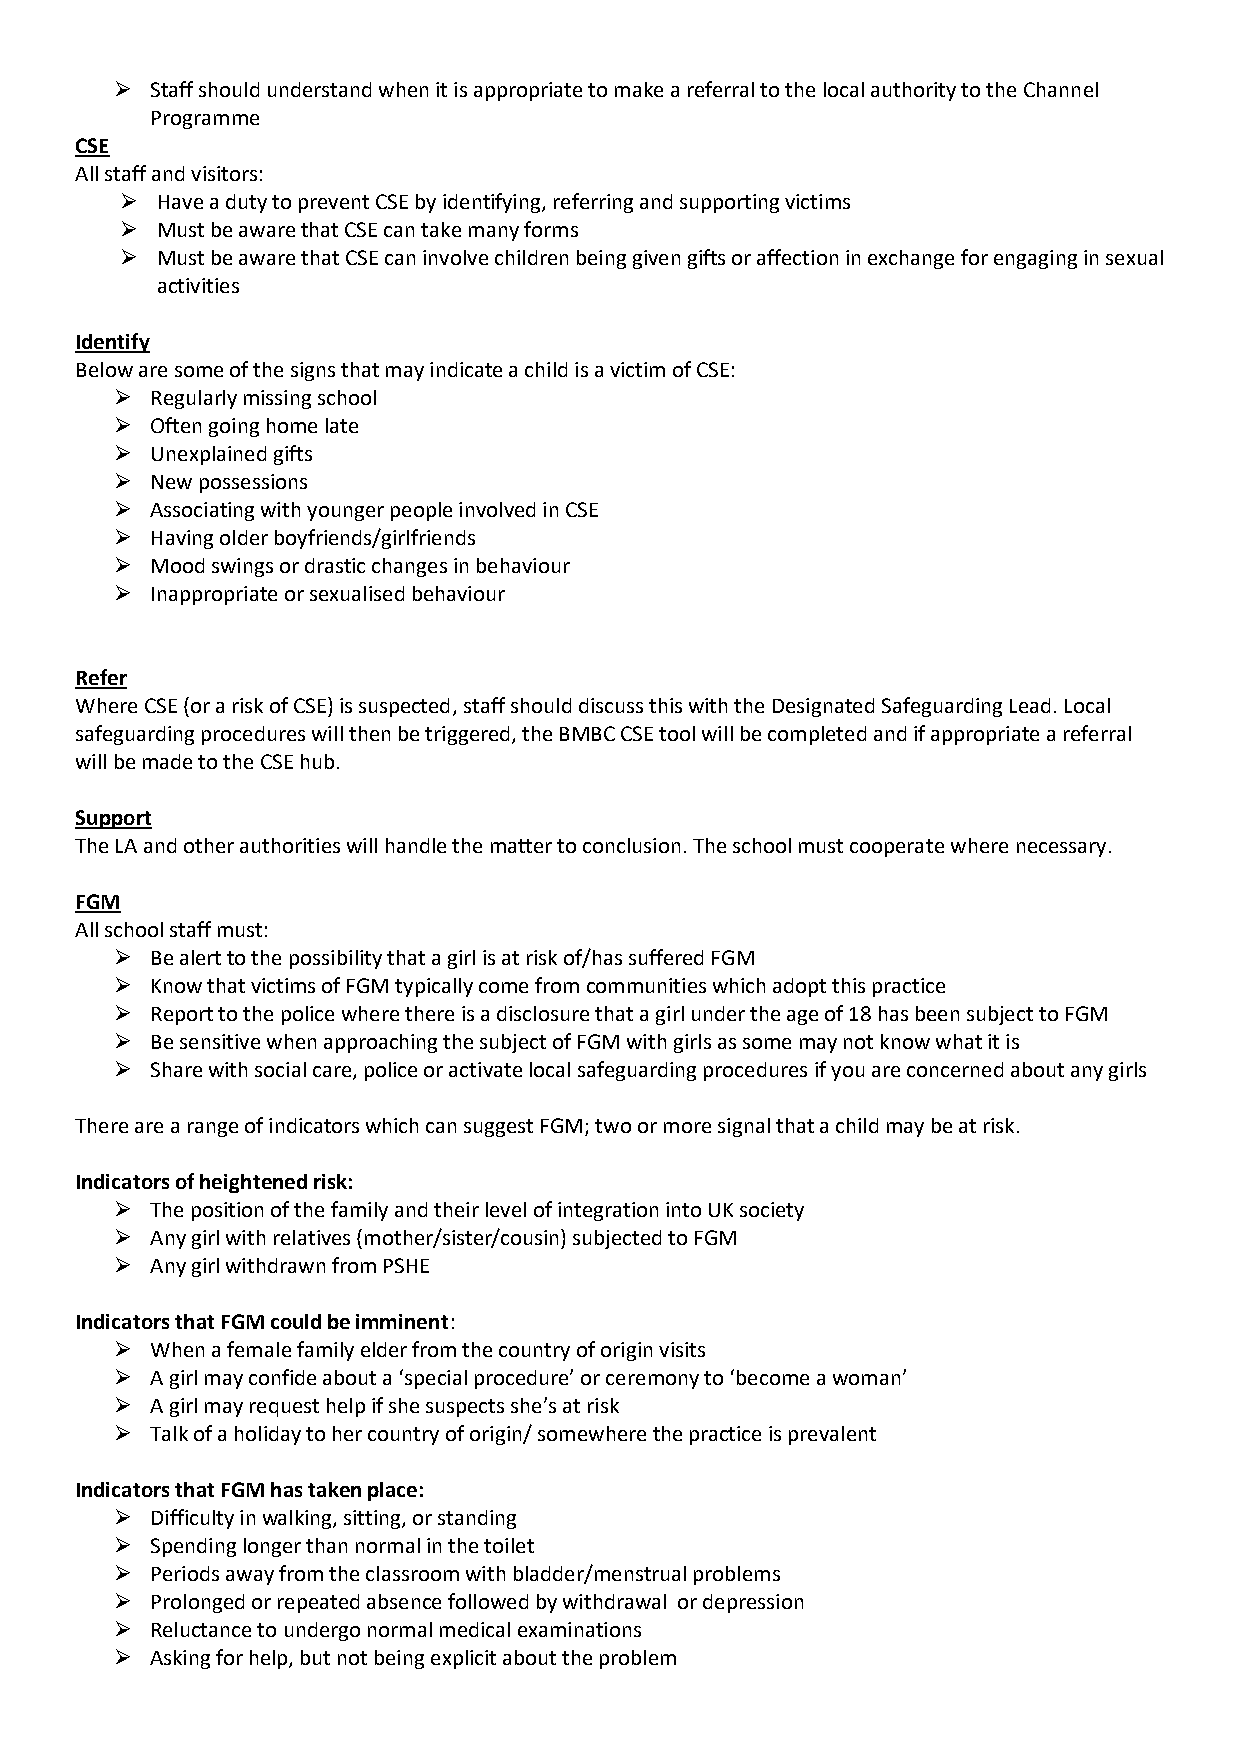
⮚  Staff should understand when it is appropriate to make a referral to the local authority to the Channel
 Programme
 CSE
 All staff and visitors:
 ⮚ Have a duty to prevent CSE by identifying, referring and supporting victims
 ⮚ Must be aware that CSE can take many forms
 ⮚ Must be aware that CSE can involve children being given gifts or affection in exchange for engaging in sexual
 activities
 Identify
 Below are some of the signs that may indicate a child is a victim of CSE:
 ⮚  Regularly missing school
 ⮚  Often going home late
 ⮚  Unexplained gifts
 ⮚  New possessions
 ⮚  Associating with younger people involved in CSE
 ⮚  Having older boyfriends/girlfriends
 ⮚  Mood swings or drastic changes in behaviour
 ⮚  Inappropriate or sexualised behaviour
 Refer
 Where CSE (or a risk of CSE) is suspected, staff should discuss this with the Designated Safeguarding Lead. Local
 safeguarding procedures will then be triggered, the BMBC CSE tool will be completed and if appropriate a referral
 will be made to the CSE hub.
 Support
 The LA and other authorities will handle the matter to conclusion. The school must cooperate where necessary.
 FGM
 All school staff must:
 ⮚  Be alert to the possibility that a girl is at risk of/has suffered FGM
 ⮚  Know that victims of FGM typically come from communities which adopt this practice
 ⮚  Report to the police where there is a disclosure that a girl under the age of 18 has been subject to FGM
 ⮚  Be sensitive when approaching the subject of FGM with girls as some may not know what it is
 ⮚  Share with social care, police or activate local safeguarding procedures if you are concerned about any girls
 There are a range of indicators which can suggest FGM; two or more signal that a child may be at risk.
 Indicators of heightened risk:
 ⮚  The position of the family and their level of integration into UK society
 ⮚  Any girl with relatives (mother/sister/cousin) subjected to FGM
 ⮚  Any girl withdrawn from PSHE
 Indicators that FGM could be imminent:
 ⮚  When a female family elder from the country of origin visits
 ⮚  A girl may confide about a ‘special procedure’ or ceremony to ‘become a woman’
 ⮚  A girl may request help if she suspects she’s at risk
 ⮚  Talk of a holiday to her country of origin/ somewhere the practice is prevalent
 Indicators that FGM has taken place:
 ⮚  Difficulty in walking, sitting, or standing
 ⮚  Spending longer than normal in the toilet
 ⮚  Periods away from the classroom with bladder/menstrual problems
 ⮚  Prolonged or repeated absence followed by withdrawal or depression
 ⮚  Reluctance to undergo normal medical examinations
 ⮚  Asking for help, but not being explicit about the problem